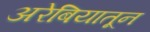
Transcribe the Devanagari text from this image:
अरेबियातून